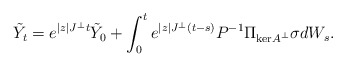
\begin{align*}\tilde{Y}_t = e^{|z|J^\perp t}\tilde{Y}_0 + \int_0^t e^{|z|J^\perp(t-s)}P^{-1} \Pi_{\mathrm{ker}A^\perp}\sigma dW_s.\end{align*}